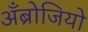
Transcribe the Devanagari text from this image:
अँब्रोजियो